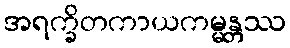
အရက္ခိတကာယကမ္မန္တဿ